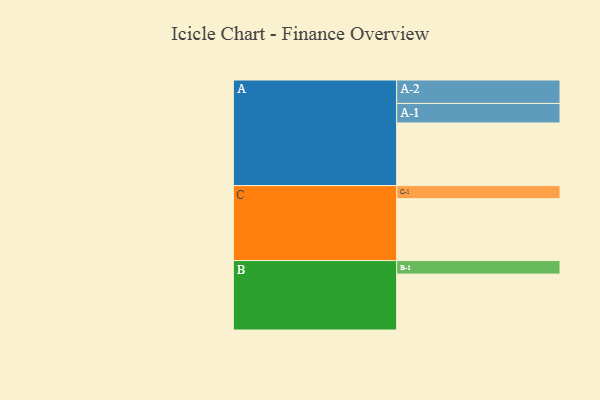
{"axis": {"x": "Segment", "y": "Value"}, "legend": ["", "A", "B", "C"], "data": [{"x": "A", "y": 556, "type": ""}, {"x": "B", "y": 496, "type": ""}, {"x": "C", "y": 549, "type": ""}, {"x": "A-1", "y": 173, "type": "A"}, {"x": "A-2", "y": 208, "type": "A"}, {"x": "B-1", "y": 120, "type": "B"}, {"x": "C-1", "y": 116, "type": "C"}]}